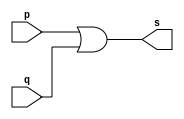
// ------------------------- 
// Exemplo0004 - OR 
// Nome: Pedro Ballona 
// ------------------------- 
 
// ------------------------- 
// -- or gate 
// ------------------------- 
module orgate ( output s, 
                            input   p, q); 
 assign s = p | q; 
endmodule // orgate 
 
// --------------------- 
// -- test or gate 
// --------------------- 
module testorgate; 
// ------------------------- dados locais 
   reg   a, b; // definir registradores 
   wire  s;    // definir conexao (fio) 
// ------------------------- instancia 
   orgate OR1 (s, a, b); 
// ------------------------- preparacao 
   initial begin:start 
      a=0; b=0; 
   end 
 
 // ------------------------- parte principal 
 
   initial begin 
      $display("Exemplo0004 - Pedro Ballona - 427455"); 
      $display("Test OR gate"); 
      $display("\na & b = s\n"); 
      a=0; b=0; 
  #1  $display("%b & %b = %b", a, b, s); 
      a=0; b=1; 
  #1  $display("%b & %b = %b", a, b, s); 
      a=1; b=0; 
  #1  $display("%b & %b = %b", a, b, s); 
      a=1; b=1; 
  #1  $display("%b & %b = %b", a, b, s); 
 end 
 
endmodule // testorgate